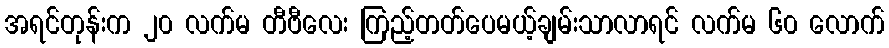
အရင်တုန်းက ၂၀ လက်မ တီဗီလေး ကြည့်တတ်ပေမယ့်ချမ်းသာလာရင် လက်မ ၆၀ လောက်